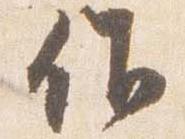
作